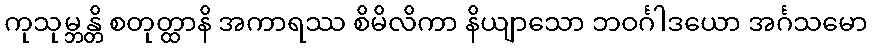
ကုသုမ္ဘန္တိ စတုတ္ထာနိ အကာရဿ စိမိလိကာ နိယျာသော ဘဝင်္ဂါဒယော အင်္ဂသမော